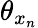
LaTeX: \theta_{x_{n}}